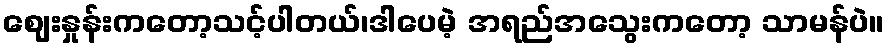
ဈေးနှုန်းကတော့သင့်ပါတယ်၊ဒါပေမဲ့ အရည်အသွေးကတော့ သာမန်ပဲ။